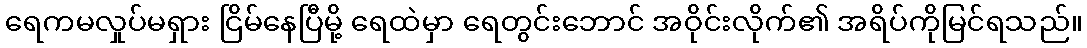
ရေကမလှုပ်မရှား ငြိမ်နေပြီမို့ ရေထဲမှာ ရေတွင်းဘောင် အဝိုင်းလိုက်၏ အရိပ်ကိုမြင်ရသည်။